Vaccination North-Western Provinces and Oudh 1896-1901 - 1896-1901
Year: 1896
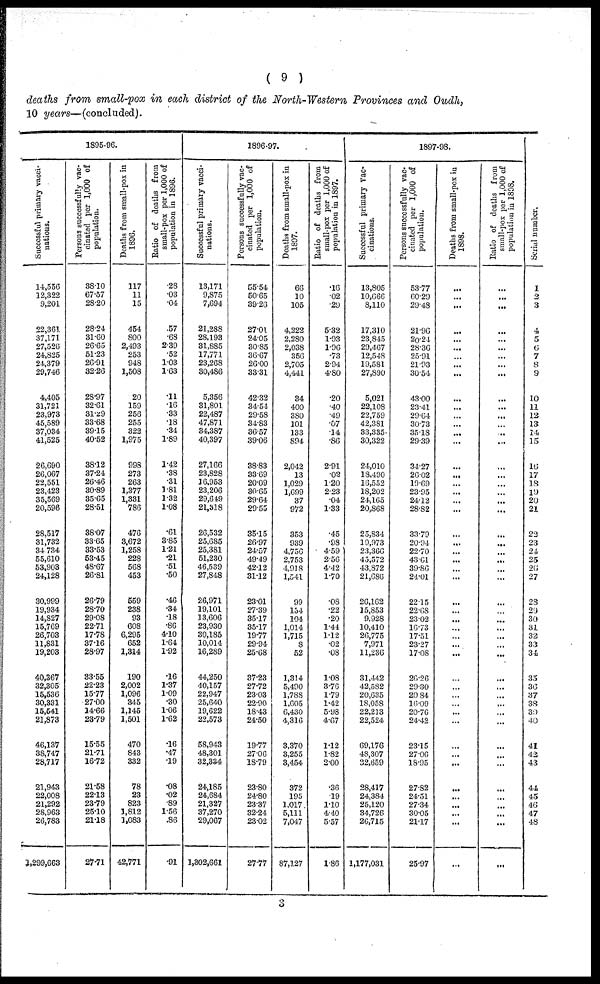
( 9 )
deaths from small-pox in each district of the North-Western Provinces and Oudh,
10 years—(concluded).
1895-96.
Successful primary vacci-
nations.
14,556
12,322
9,201
22,361
37,171
27,526
24,825
24,379
29,746
4,405
31,721
23,973
45,589
37,034
41,525
26,690
26,067
22,551
23,423
35,569
20,596
28,517
31,732
34,734
55,610
53,903
24,128
30,999
19,934
14,827
15,769
26,703
11,831
19,203
40,367
32,305
15,536
30,331
15,541
21,873
46,137
38,747
28,717
21,943
22,008
21,292
28,963
26,783
1,299,663
Persons successfully vac-
cinated per 1,000 of
population.
38.10
67.57
28.20
28.24
31.60
26.65
51.23
26.91
32.26
28.97
32.61
31.29
33.68
39.15
40.52
38.12
37.24
26.46
30.89
35.65
28.51
38.07
33.65
33.53
53.45
48.67
26.81
26.79
28.70
29.08
22.71
17.78
37.16
28.97
33.55
22.23
15.77
27.00
14.66
23.79
15.55
21.71
16.72
21.58
22.13
23.79
25.10
21.18
27.71
Deaths from small-pox in
1896.
117
11
15
454
800
2,493
253
948
1,508
20
159
256
255
322
1,975
998
273
263
1,377
1,331
786
476
3,672
1,258
228
568
453
559
238
93
608
6,295
652
1,314
190
2,002
1,096
345
1,145
1,501
470
843
332
78
23
823
1,812
1,083
42,771
Ratio of deaths from
small-pox per 1,000 of
population in 1896.
.28
.03
.04
.57
.68
2.39
.52
1.03
1.63
.11
.16
.33
.18
.34
1.89
1.42
.38
.31
1.81
1.32
1.08
.61
3.85
1.21
.21
.51
.50
.46
.34
.18
.86
4.10
1.64
1.92
.16
1.37
1.09
.30
1.06
1.62
.16
.47
.19
.08
.02
.89
1.56
.86
.91
1896-97.
Successful primary vacci-
nations.
13,171
9,875
7,694
21,288
28,193
31,885
17,771
23,268
30,486
5,356
31,801
22,487
47,871
34,387
40,397
27,166
23,828
16,953
23,206
29,649
21,318
26,532
25,685
25,381
51,230
46,539
27,848
26,971
19,101
13,606
23,930
30,185
10,014
16,289
44,250
40,157
22,947
25,640
19,622
22,573
58,943
48,301
32,334
24,185
24,684
21,327
37,270
29,067
1,302,661
Persons successfully vac-
cinated per 1,000 of
population.
55.54
50.65
39.26
27.01
24.05
30.85
36.67
26.00
33.31
42.32
34.54
29.58
34.83
36.57
39.06
38.83
33.69
20.09
30.65
29.64
29.55
35.15
26.97
24.57
49.49
42.12
31.12
23.01
27.39
35.17
35.17
19.77
29.94
25.68
37.23
27.72
23.03
22.90
18.43
24.50
19.77
27.06
18.79
23.80
24.80
23.37
32.24
23.02
27.77
Deaths from small-pox in
1897.
66
10
105
4,222
2,280
2,038
356
2,705
4,441
34
400
380
101
133
894
2,042
13
1,029
1,699
37
972
353
939
4,756
2,753
4,918
1,541
99
154
104
1,014
1,715
8
52
1,314
5,490
1,788
1,605
6,430
4,316
3,370
3,255
3,454
372
195
1,017
5,111
7,047
87,127
Ratio of deaths from
small-pox per 1,000 of
population in 1897.
.16
.02
.29
5.32
1.93
1.96
.73
2.94
4.80
.20
.40
.49
.07
.14
.86
2.91
.02
1.20
2.23
.04
1.33
.45
.98
4.59
2.56
4.42
1.70
.08
.22
.20
1.44
1.12
.02
.08
1.08
3.76
1.79
1.42
5.98
4.67
1.12
1.82
2.00
.36
19
1.10
4.40
5.57
1.86
1897-98.
Successful primary vac-
cinations.
13,805
10,666
8,110
17,310
23,845
29,467
12,548
19,581
27,890
5,021
22,108
22,759
42,381
33,335
30,322
24,010
18,490
16,552
18,202
24,165
20,868
25,834
19,973
23,366
45,572
43,872
21,686
26,162
15,853
9,928
10,410
26,775
7,971
11,236
31,442
42,582
20,635
18,058
22,213
22,524
69,176
48,307
32,659
28,417
24,384
25,120
34,726
26,715
1,177,031
Persons successfully vac-
cinated per 1,000 of
population.
53.77
60.29
29.48
21.96
20.24
28.36
25.91
21.93
30.54
43.00
23.41
29.64
30.73
35.18
29.39
34.27
26.02
19.69
23.95
24.12
28.82
33.79
20.94
22.70
43.61
39.86
24.01
22.15
22.68
23.02
16.73
17.51
23.27
17.08
26.26
29.30
20.84
16.09
20.76
24.42
23.15
27.06
18.95
27.82
24.51
27.34
30.05
21.17
25.97
Deaths from small-pox in
1898.
...
...
...
...
...
...
... ...
...
...
...
...
...
...
...
...
...
...
...
...
...
...
...
...
...
...
...
...
...
...
...
...
...
...
...
...
...
...
...
...
...
...
...
...
...
...
...
...
...
Ratio of deaths from
small-pox per 1,000 of
population in 1898.
...
...
...
...
...
...
...
...
...
...
...
...
...
...
...
...
...
...
...
...
...
...
...
...
...
...
...
...
...
...
...
...
...
...
...
...
...
...
...
...
...
...
...
...
...
...
...
...
...
Serial number.
1
2
3
4
5
6
7
8
9
10
11
12
13
14
15
16
17
18
19
20
21
22
23
24
25
26
27
28
29
30
31
32
33
34
35
36
37
38
39
40
41
42
43
44
45
46
47
48
3